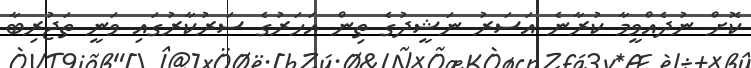
ކޮށް ނުދެއްވީމާ ކުރާނެ އަސަރު ނަޝީދުގެ ތިން އަހަރުގެ ސަރުކާރުގައި ވަނީ ތަޖުރިބާ